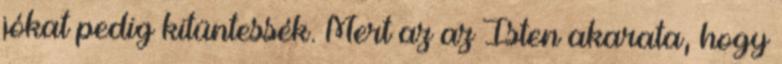
jókat pedig kitüntessék. Mert az az Isten akarata, hogy